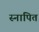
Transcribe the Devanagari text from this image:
स्नापित